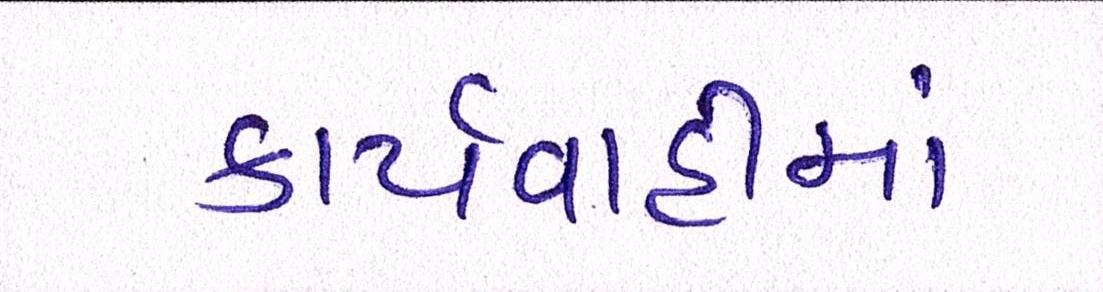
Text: કાર્યવાહીમાં